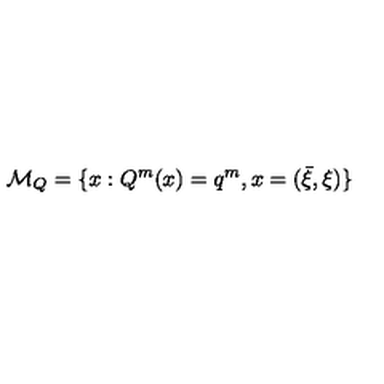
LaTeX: { \cal M } _ { Q } = \{ x : Q ^ { m } ( x ) = q ^ { m } , x = ( \bar { \xi } , \xi ) \}